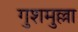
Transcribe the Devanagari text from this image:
गुशमुल्ला